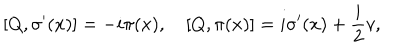
LaTeX: [ Q , \sigma ^ { \prime } ( x ) ] = - i \pi ( x ) , \quad [ Q , \pi ( x ) ] = i \sigma ^ { \prime } ( x ) + \frac { i } { 2 } v ,